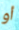
أو